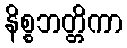
နိစ္စဘတ္တိကာ